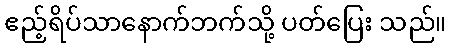
ဧည့်ရိပ်သာနောက်ဘက်သို့ ပတ်ပြေး သည်။